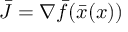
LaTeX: { \bar { J } } = \nabla { \bar { f } } ( { \bar { x } } ( x ) )